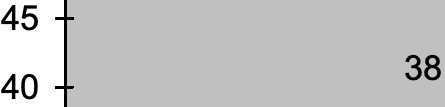
45 38 40